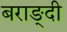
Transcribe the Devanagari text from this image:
बराङ्दी